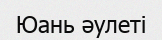
Юань әулеті